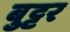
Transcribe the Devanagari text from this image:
बुट्टर